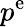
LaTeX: p^{\mathrm{e}}